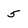
Character: 5